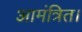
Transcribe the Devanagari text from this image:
आमंत्रित।